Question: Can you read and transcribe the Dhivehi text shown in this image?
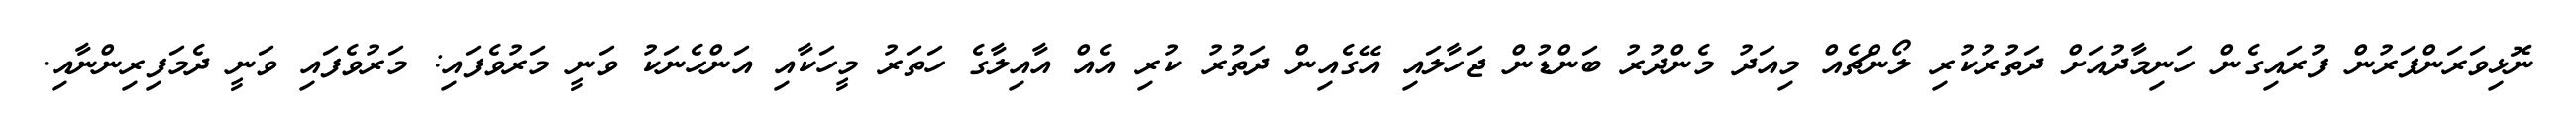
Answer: ނޮޅިވަރަންފަރުން ފުރައިގެން ހަނިމާދުއަށް ދަތުރުކުރި ލޯންޗެއް މިއަދު މެންދުރު ބަންޑުން ޖަހާލައި އޭގެއިން ދަތުރު ކުރި އެއް އާއިލާގެ ހަތަރު މީހަކާއި އަންހެނަކު ވަނީ މަރުވެފައި: މަރުވެފައި ވަނީ ދެމަފިރިންނާއި.